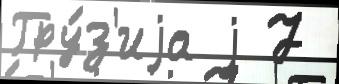
Гру́з'иjа j 7